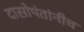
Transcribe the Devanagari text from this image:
दासोपंतांनीच